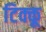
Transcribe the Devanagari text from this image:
टिक्कू